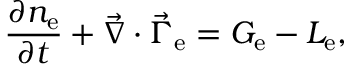
\frac { \partial { n _ { \mathrm { e } } } } { \partial { t } } + \vec { \nabla } \cdot \vec { \Gamma } _ { \mathrm { e } } = G _ { \mathrm { e } } - L _ { \mathrm { e } } ,